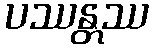
ပဿန္တဿ